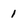
Character: 1